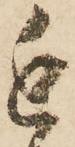
近